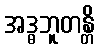
အဒ္ဓဘူတန္တိ